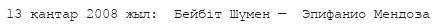
13 қаңтар 2008 жыл:  Бейбіт Шүмен —  Эпифанио Мендоза